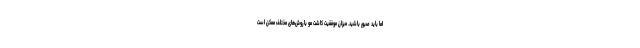
اما باید صبور باشید. میزان موفقیت کاشت مو با روش‌های مختلف ممکن است